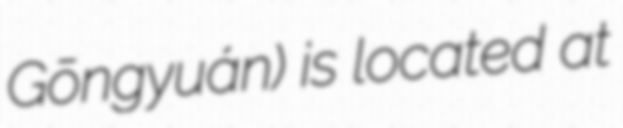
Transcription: Gōngyuán) is located at